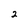
Character: 2